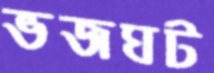
ভজঘট